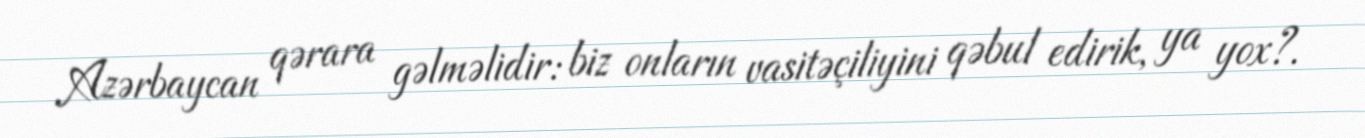
Azərbaycan qərara gəlməlidir: biz onların vasitəçiliyini qəbul edirik, ya yox?.